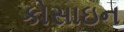
કોસાઇન